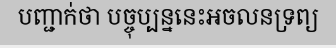
បញ្ជាក់ថា បច្ចុប្បន្ននេះអចលនទ្រព្យ